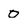
Character: o